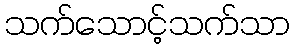
သက်သောင့်သက်သာ